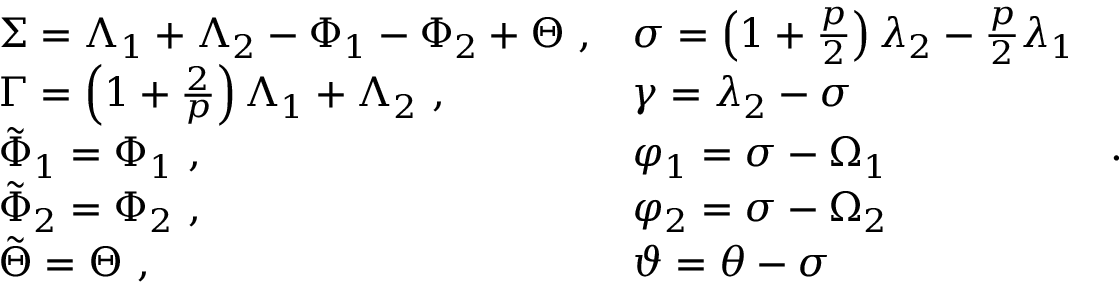
\begin{array} { l l } { \Sigma = \Lambda _ { 1 } + \Lambda _ { 2 } - \Phi _ { 1 } - \Phi _ { 2 } + \Theta \ , } & { \sigma = \left( 1 + \frac { p } { 2 } \right) \lambda _ { 2 } - \frac { p } { 2 } \lambda _ { 1 } } \\ { \Gamma = \left( 1 + \frac { 2 } { p } \right) \Lambda _ { 1 } + \Lambda _ { 2 } \ , } & { \gamma = \lambda _ { 2 } - \sigma } \\ { \tilde { \Phi } _ { 1 } = \Phi _ { 1 } \ , } & { \varphi _ { 1 } = \sigma - \Omega _ { 1 } } \\ { \tilde { \Phi } _ { 2 } = \Phi _ { 2 } \ , } & { \varphi _ { 2 } = \sigma - \Omega _ { 2 } } \\ { \tilde { \Theta } = \Theta \ , } & { \vartheta = \theta - \sigma } \end{array} \ .